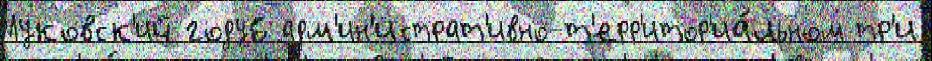
Луковск'ий году6 адм'ин'истрат'ивно-т'ерр'итор'иа́льном тр'и